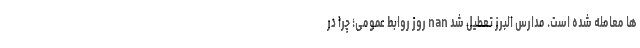
ها معامله شده است. مدارس البرز تعطیل شد nan روز روابط عمومی؛ چرا در